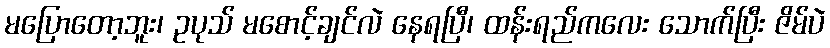
မပြောတော့ဘူး၊ ဥပုသ် မစောင့်ချင်လဲ နေရပြီ၊ ထန်းရည်ကလေး သောက်ပြီး ဇိမ်ပဲ